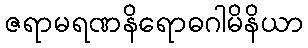
ဇရာမရဏနိရောဓဂါမိနိယာ